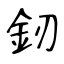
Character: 釰